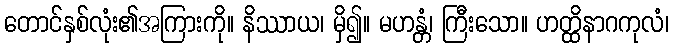
တောင်နှစ်လုံး၏အကြားကို။ နိဿာယ၊ မှိ၍။ မဟန္တံ၊ ကြီးသော။ ဟတ္ထိနာဂကုလံ၊